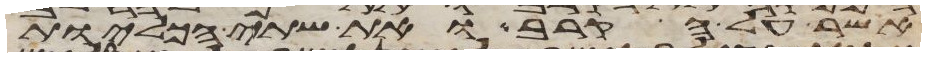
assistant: אשר על הקרב ואת שתי הכליות